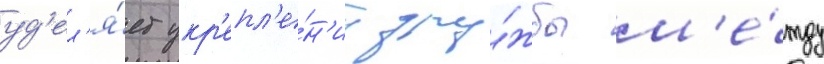
уд'ел'я́ет укр'епл'е́н'иу дру́жбы м'е́жду